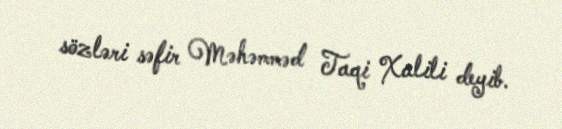
sözləri səfir Məhəmməd Taqi Xalili deyib.